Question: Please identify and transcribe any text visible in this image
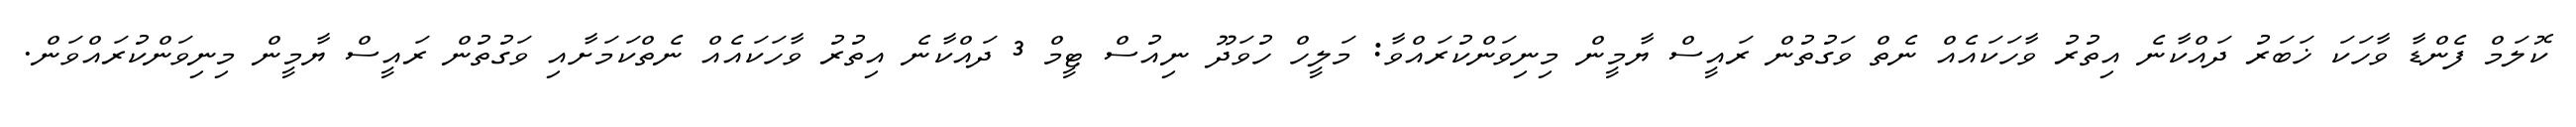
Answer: ކޮލަމް ފެންޑާ ވާހަކަ ޚަބަރު ދައްކާނެ އިތުރު ވާހަކައެއް ނެތް ވަގުތުން ރައީސް ޔާމީން މިނިވަންކުރައްވާ: މަލީހް ހުވަދޫ ނިއުސް ޓީމް 3 ދައްކާނެ އިތުރު ވާހަކައެއް ނެތްކަމަށާއި ވަގުތުން ރައީސް ޔާމީން މިނިވަންކުރައްވަން.